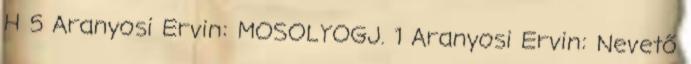
H 5 Aranyosi Ervin: MOSOLYOGJ. 1 Aranyosi Ervin: Nevető